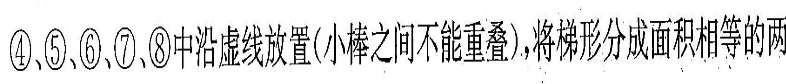
④、⑤、⑥、⑦、⑧中沿虚线放置(小棒之间不能重叠），将梯形分成面积相等的两